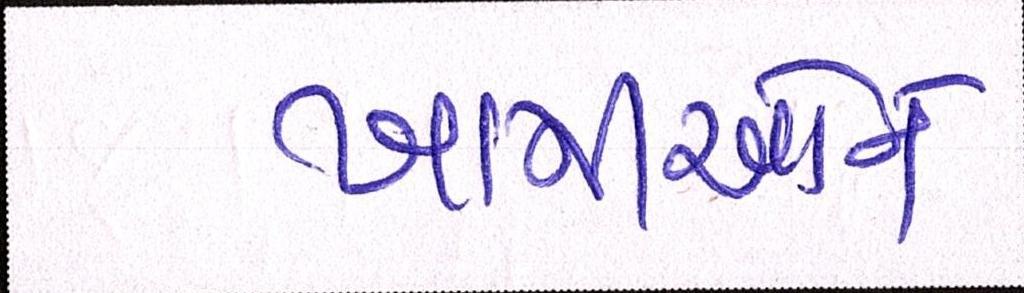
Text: ખામીઓને